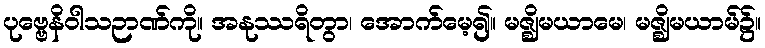
ပုဗ္ဗေနိဝါသဉာဏ်ကို။ အနုဿရိတွာ၊ အောက်မေ့၍။ မဇ္ဈိမယာမေ၊ မဇ္ဈိမယာမ်၌။